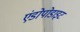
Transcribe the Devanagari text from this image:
एंडोपोडाइट